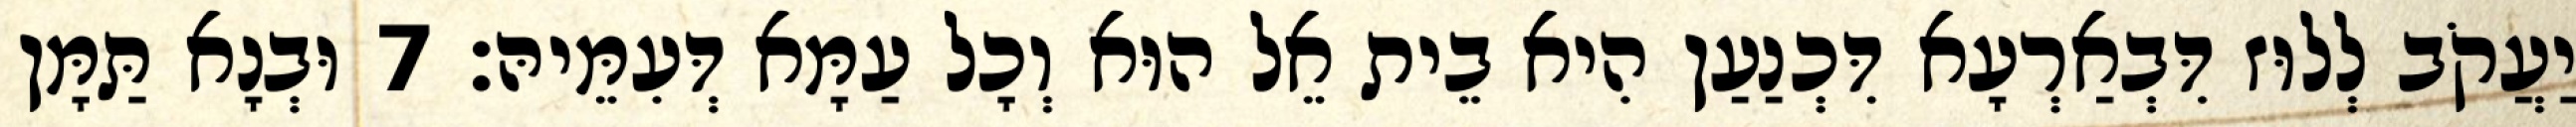
יַעֲקֹב לְלוּז דִּבְאַרְעָא דִּכְנַעַן הִיא בֵית אֵל הוּא וְכָל עַמָּא דְּעִמֵּיהּ׃ 7 וּבְנָא תַּמָּן